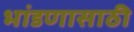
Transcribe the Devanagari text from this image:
भांडणासाठी